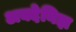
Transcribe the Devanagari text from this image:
अक्देनिझ